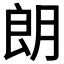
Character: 朗